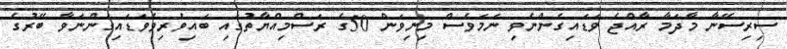
ސިރިސޭނާ މާދަމާ ރާއްޖެ ވަޑައިގެންނެވި ނަމަވެސް މިނިވަން 50ގެ ރަސްްމިއްޔާތުގައި ބައިވެރިވެވަޑައިގަންނަވާ ބޭރުގެ